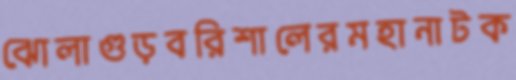
ঝোলাগুড়বরিশালেরমহানাটক